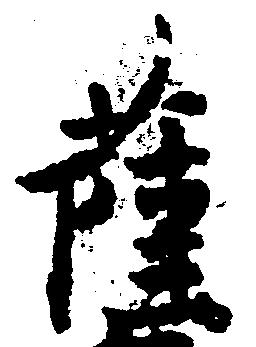
薩